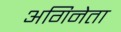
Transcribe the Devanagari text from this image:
अगिनेता